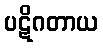
ပဋိဂတာယ